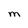
Character: M